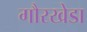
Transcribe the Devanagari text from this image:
गौरखेडा